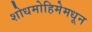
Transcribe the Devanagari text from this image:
शोधमोहिमेमधून